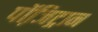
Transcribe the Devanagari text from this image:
पॉजि़ट्रान